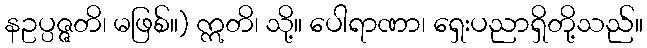
နဥပ္ပဇ္ဇတိ၊ မဖြစ်။) ဣတိ၊ သို့။ ပေါရာဏာ၊ ရှေးပညာရှိတို့သည်။